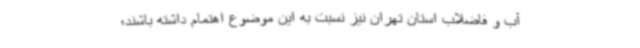
آب و فاضلاب استان تهران نیز نسبت به این موضوع اهتمام داشته باشند؛